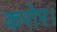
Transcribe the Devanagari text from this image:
करोर।